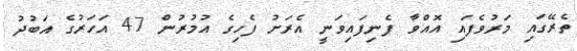
ތެރޭގައި މަރުވެފައި އޮއްވާ ފެނިފައިވަނީ އެރަށު ފެހިގެ އުމުރުން 47 އަހަރުގެ އަބުދު